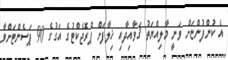
އެ ކުންފުންޏަށް ވަނީ މާލިއްޔަތު ޤަވާއިދާއި ޚިލާފަށް ޕްރޮޖެކްޓުގެ އަގުގެ 90 ޕަސެންޓަށްވާ